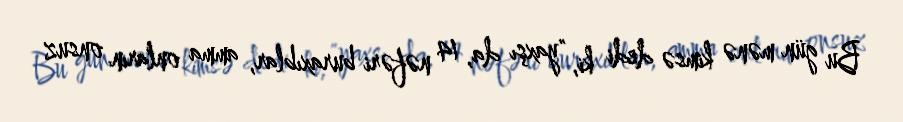
Bu gün mənə kimsə dedi ki, "yaxşı da, 14 nəfəri buraxıblar, amma onların onsuz